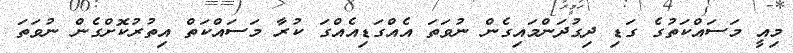
މިއީ މަސައްކަތުގެ ގަޑި ދިގުދަންމައިގެން ނުވަތަ އެއްގަޑިއެއްގަ ކުރާ މަސައްކަތް އިތުރުކޮށްގެން ނުވަތަ